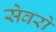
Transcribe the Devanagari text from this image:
सेवरो